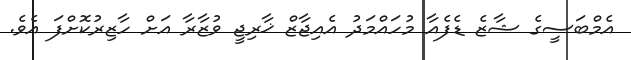
އެމްބަސީގެ ޝާޒެ ޑެފެއާ މުހައްމަދު އެއިޖާޒް ޚާރިޖީ ވުޒާރާ އަށް ހާޒިރުކޮށްފަ އެވެ.